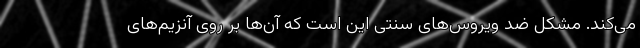
می‌کند. مشکل ضد ویروس‌های سنتی این است که آن‌ها بر روی آنزیم‌های